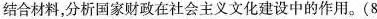
结合材料，分析国家财政在社会主义文化建设中的作用。(8